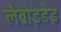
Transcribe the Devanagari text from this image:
लैब्रोइडेइ